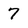
Character: 7